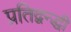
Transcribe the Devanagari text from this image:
प्रतिद्वन्द्धी